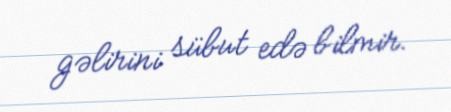
gəlirini sübut edə bilmir.